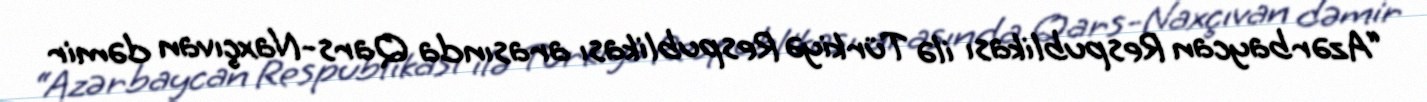
“Azərbaycan Respublikası ilə Türkiyə Respublikası arasında Qars-Naxçıvan dəmir